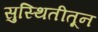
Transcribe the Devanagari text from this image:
सुस्थितीतून